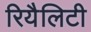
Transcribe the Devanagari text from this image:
रियैलिटी